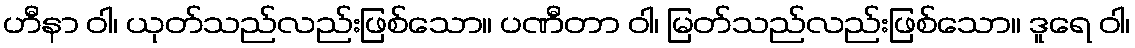
ဟီနာ ဝါ၊ ယုတ်သည်လည်းဖြစ်သော။ ပဏီတာ ဝါ၊ မြတ်သည်လည်းဖြစ်သော။ ဒူရေ ဝါ၊